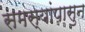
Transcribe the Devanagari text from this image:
समस्यांपासुन